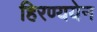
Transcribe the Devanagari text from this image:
हिरण्ययेन